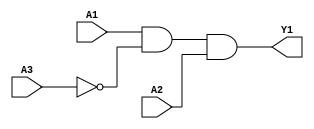
/*
 * Generated by Digiblock. Don't modify this file!
 * Any changes will be lost if this file is regenerated.
 */

module sample1 (
  input [1:0] A1,
  input [1:0] A2,
  input [1:0] A3,
  output [1:0] Y1
);
  assign Y1 = (A1 & ~ A3 & A2);
endmodule